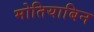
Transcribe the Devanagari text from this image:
मोतियाबिन